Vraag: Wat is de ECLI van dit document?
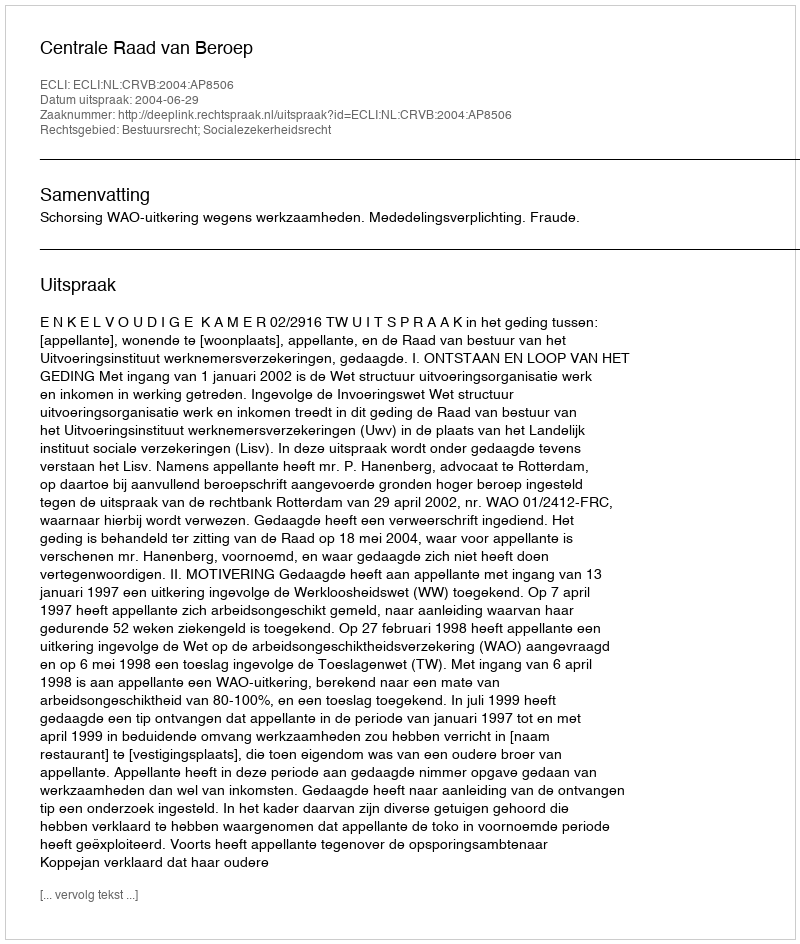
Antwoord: ECLI:NL:CRVB:2004:AP8506